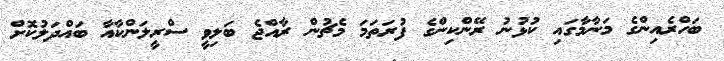
ބަހްރެއިންގެ މަނާމާގައި ކުޅުނު ރޭންކިންގެ ފުރަތަމަ މެޗުން ރާއްޖެ ބަލިވީ ސްރީލަންކާއާ ބައްދަލުކޮށް